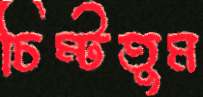
চিম্‌টতুম